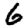
Digit: 6